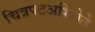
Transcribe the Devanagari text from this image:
चित्रपटअभिनेते